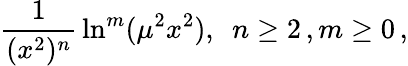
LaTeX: {\frac{1}{(x^{2})^{n}}}\ln^{m}(\mu^{2}x^{2}),~~n\geq 2\, ,m\geq 0\, ,